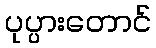
ပုပ္ပားတောင်